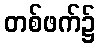
တစ်ဖက်၌